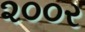
૨૦૦ર